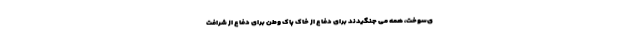
ی‌سوخت، همه می جنگیدند برای دفاع از خاک پاک وطن برای دفاع از شرافت